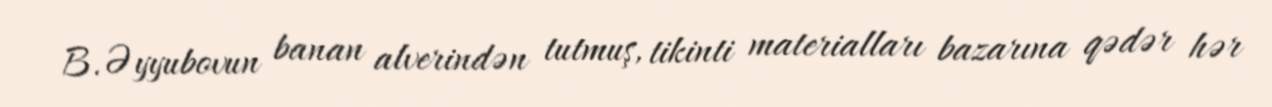
B.Əyyubovun banan alverindən tutmuş, tikinti materialları bazarına qədər hər